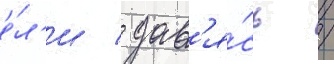
е́л'и / дав'я́сь /